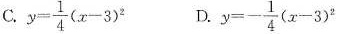
C.$$y= \frac{1}{4}(x-3)^{2}$$ D.$$y=- \frac{1}{4}(x-3)^{2}$$